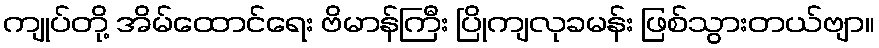
ကျုပ်တို့ အိမ်ထောင်ရေး ဗိမာန်ကြီး ပြိုကျလုခမန်း ဖြစ်သွားတယ်ဗျာ။